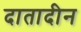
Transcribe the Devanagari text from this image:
दातादीन